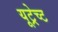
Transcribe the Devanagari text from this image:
यूट्रेच्ट